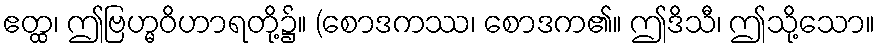
ဧတ္ထ၊ ဤဗြဟ္မဝိဟာရတို့၌။ (စောဒကဿ၊ စောဒက၏။ ဤဒိသီ၊ ဤသို့သော။